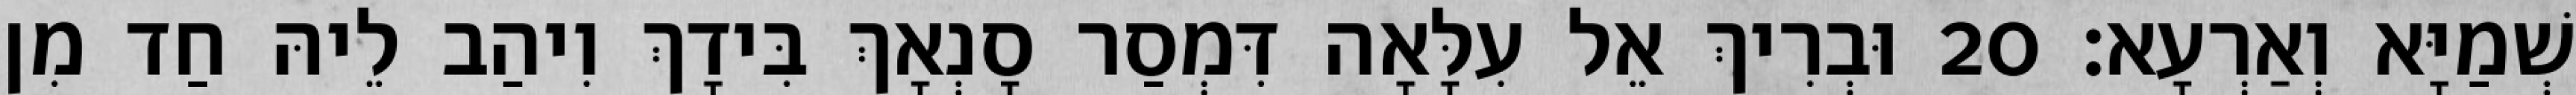
שְׁמַיָּא וְאַרְעָא׃ 20 וּבְרִיךְ אֵל עִלָּאָה דִּמְסַר סָנְאָךְ בִּידָךְ וִיהַב לֵיהּ חַד מִן